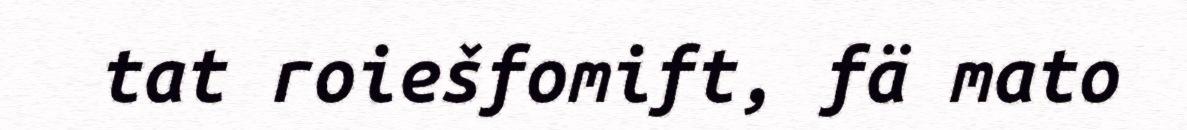
tat roiešfomift, fä mato